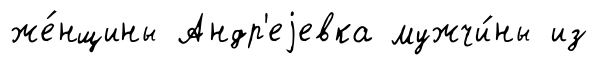
же́нщины Андр'еjевка мужчи́ны из